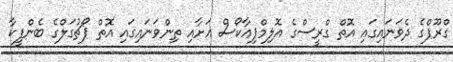
ގްރޫޕްގެ ދެވަނައިގައި އޮތް ގްރީސްގެ އޮލިމްޕިއާކޯސް އަށާއި ތިންވަނައިގައި އޮތް ޕޯޗުގަލްގެ ބެންފީކާ